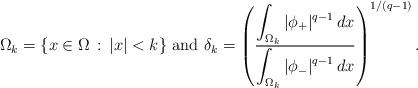
LaTeX: \begin{align*}\Omega_k=\{x\in\Omega\, :\, |x|<k\}\mbox{ and }\delta_k=\left(\frac{\displaystyle\int_{\Omega_k} |\phi_+|^{q-1}\,dx}{\displaystyle\int_{\Omega_k} |\phi_-|^{q-1}\,dx}\right)^{1/(q-1)}.\end{align*}